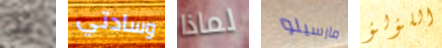
على وسادتي لماذا مارسيلو اللؤلؤ